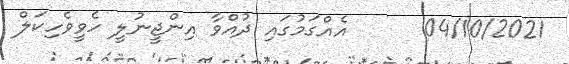
04/10/2021      އެއްގަމުގައި ދުއްވާ އިންޖީނުލީ ހެވީވެހިކަލް